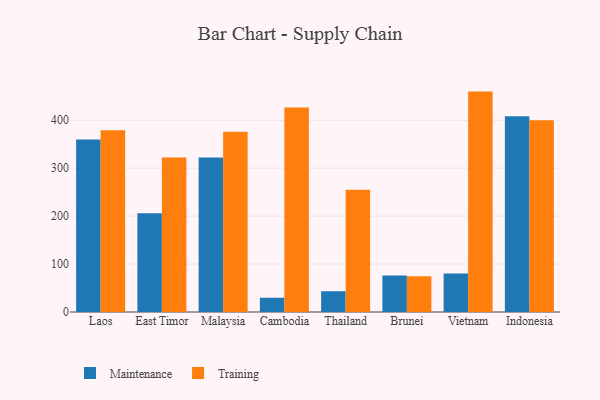
{"axis": {"x": "Country", "y": "Gross Profit (USD K)"}, "legend": ["Maintenance", "Training"], "data": [{"x": "Laos", "y": 360.0, "type": "Maintenance"}, {"x": "Laos", "y": 379.1, "type": "Training"}, {"x": "East Timor", "y": 206.0, "type": "Maintenance"}, {"x": "East Timor", "y": 322.3, "type": "Training"}, {"x": "Malaysia", "y": 322.4, "type": "Maintenance"}, {"x": "Malaysia", "y": 375.9, "type": "Training"}, {"x": "Cambodia", "y": 29.7, "type": "Maintenance"}, {"x": "Cambodia", "y": 426.3, "type": "Training"}, {"x": "Thailand", "y": 43.3, "type": "Maintenance"}, {"x": "Thailand", "y": 255.1, "type": "Training"}, {"x": "Brunei", "y": 76.1, "type": "Maintenance"}, {"x": "Brunei", "y": 74.5, "type": "Training"}, {"x": "Vietnam", "y": 80.1, "type": "Maintenance"}, {"x": "Vietnam", "y": 459.7, "type": "Training"}, {"x": "Indonesia", "y": 408.4, "type": "Maintenance"}, {"x": "Indonesia", "y": 400.2, "type": "Training"}]}